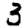
Digit: 3